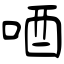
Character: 唒